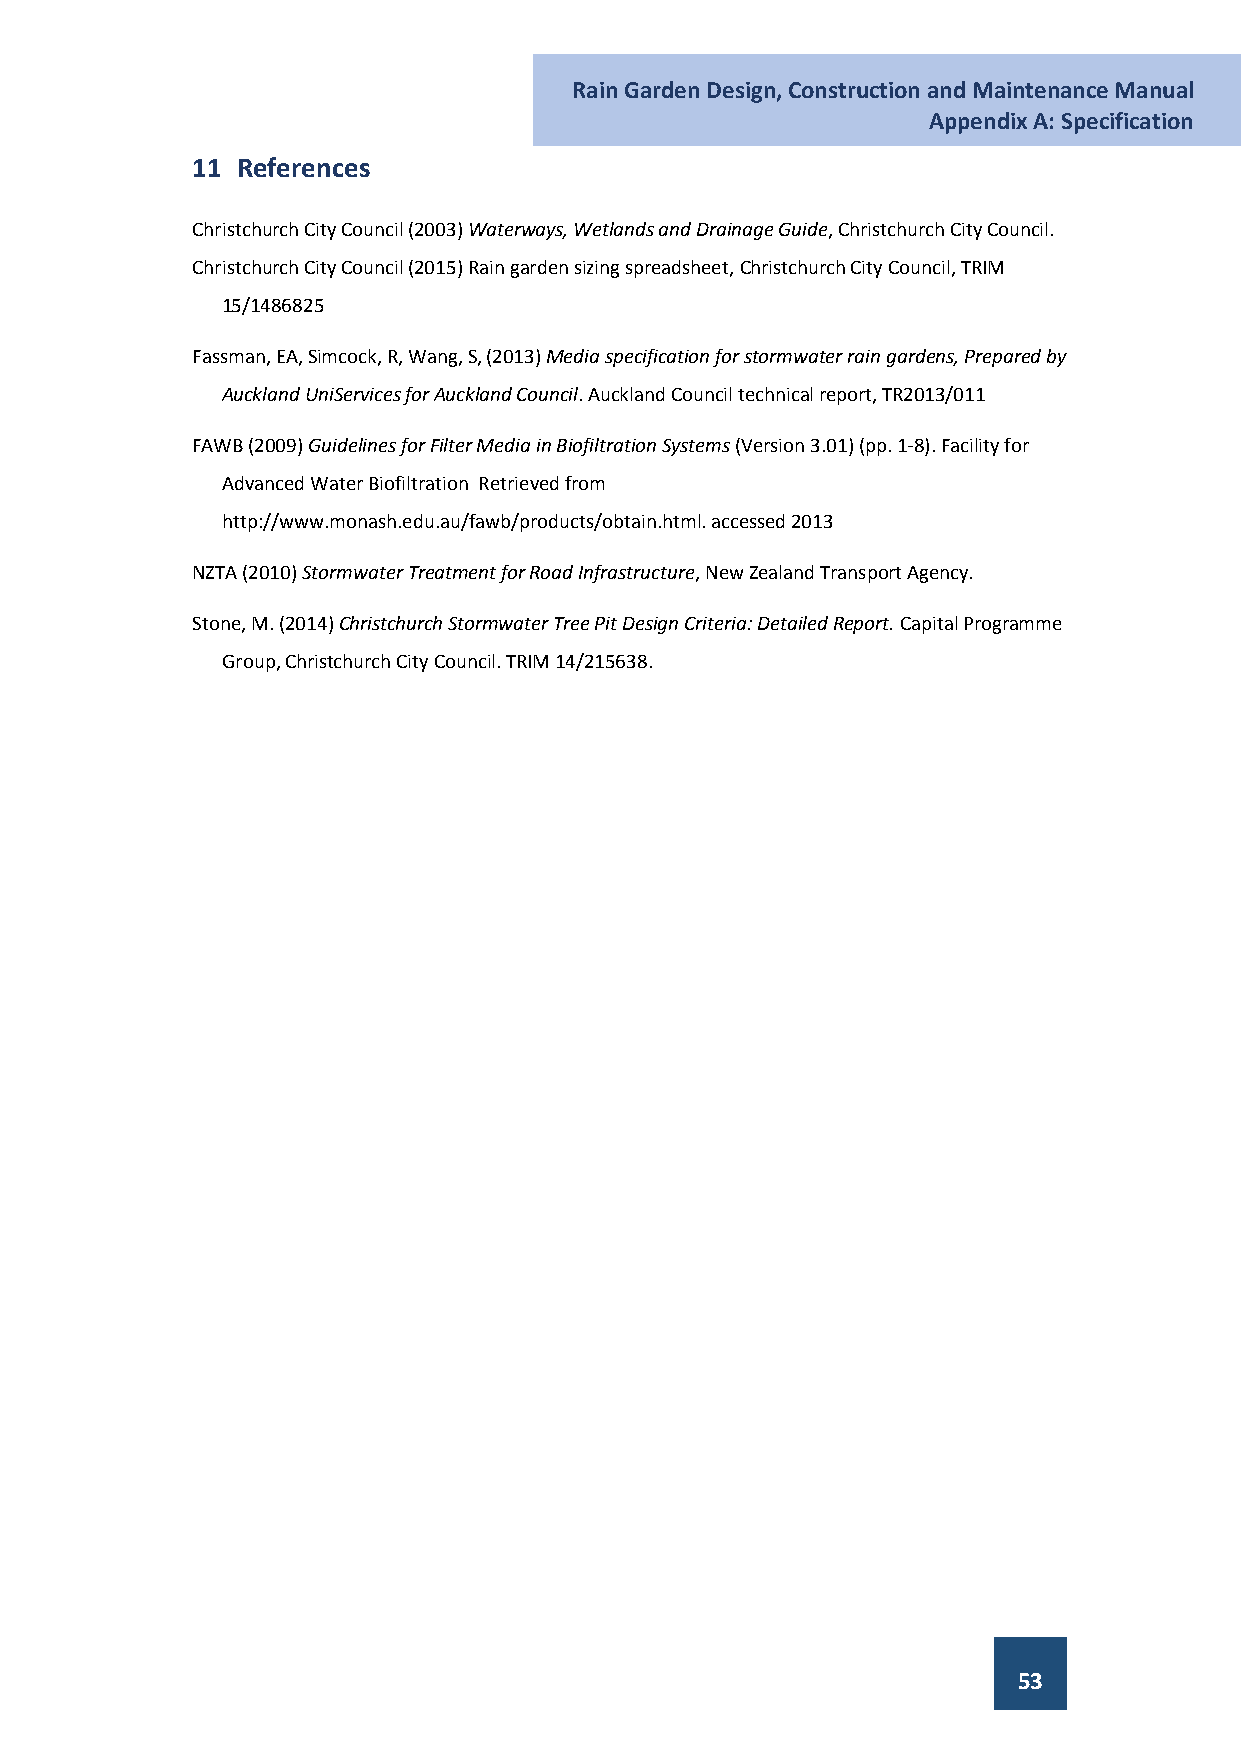
Rain Garden Design, Construction and Maintenance Manual
 Appendix A: Specification
 11 References
 Christchurch City Council (2003) Waterways, Wetlands and Drainage Guide, Christchurch City Council.
 Christchurch City Council (2015) Rain garden sizing spreadsheet, Christchurch City Council, TRIM
 15/1486825
 Fassman, EA, Simcock, R, Wang, S, (2013) Media specification for stormwater rain gardens, Prepared by
 Auckland UniServices for Auckland Council. Auckland Council technical report, TR2013/011
 FAWB (2009) Guidelines for Filter Media in Biofiltration Systems (Version 3.01) (pp. 1-8). Facility for
 Advanced Water Biofiltration Retrieved from
 http://www.monash.edu.au/fawb/products/obtain.html. accessed 2013
 NZTA (2010) Stormwater Treatment for Road Infrastructure, New Zealand Transport Agency.
 Stone, M. (2014) Christchurch Stormwater Tree Pit Design Criteria: Detailed Report. Capital Programme
 Group, Christchurch City Council. TRIM 14/215638.
 53